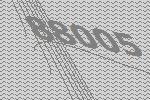
88005